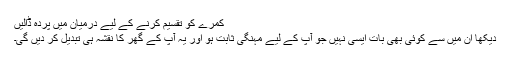
کمرے کو تقسیم کرنے کے لیے درمیان میں پردہ ڈالیں
دیکھا ان میں سے کوئی بھی بات ایسی نہیں جو آپ کے لیے مہنگی ثابت ہو اور یہ آپ کے گھر کا نقشہ ہی تبدیل کر دیں گی۔